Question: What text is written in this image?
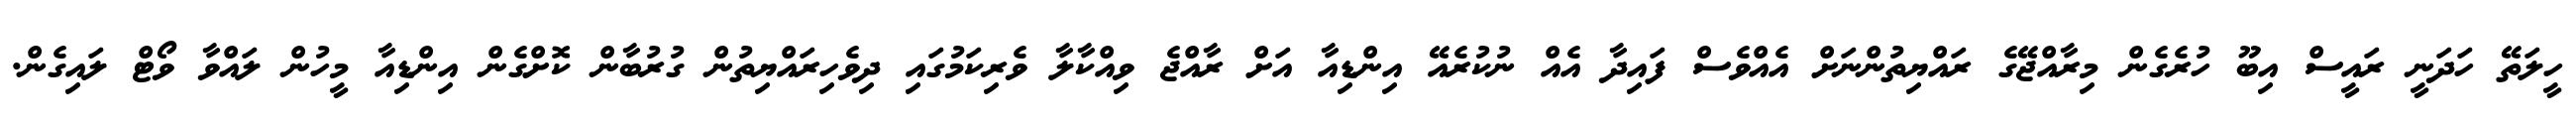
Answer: ހީލަތޭ ހަދަނީ ރައީސް އިބޫ ހުރެގެން މިރާއްޖޭގެ ރައްޔިތުންނަށް އެއްވެސް ފައިދާ އެއް ނުކުރެއޭ އިންޑިއާ އަށް ރާއްޖެ ވިއްކާލާ ވެރިކަމުގައި ދިވެހިރައްޔިތުން ގުރުބާން ކޮށްގެން އިންޑިއާ މީހުން ލައްވާ ވޯޓް ލައިގެން.